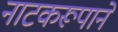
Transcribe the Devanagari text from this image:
नाटकरूपाने